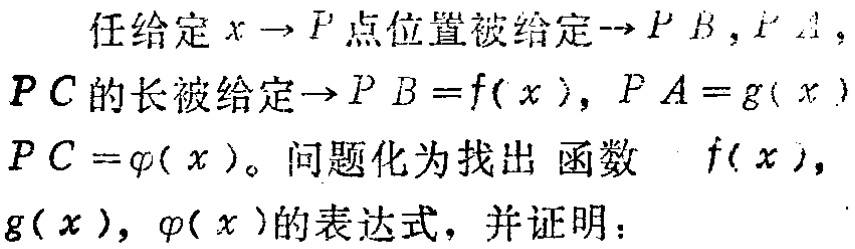
任给定 \(x\rightarrow P\)点位置被给定\(\rightarrow PB,PA\)，
\(PC\)的长被给定\(\rightarrow PB = f(x),PA = g(x)\)
\(PC=\varphi(x)\)。问题化为找出 函数 \(f(x)\)，
\(g(x),\varphi(x)\)的表达式，并证明：